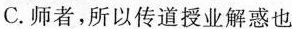
C.师者，所以传道授业解惑也